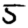
Digit: 5